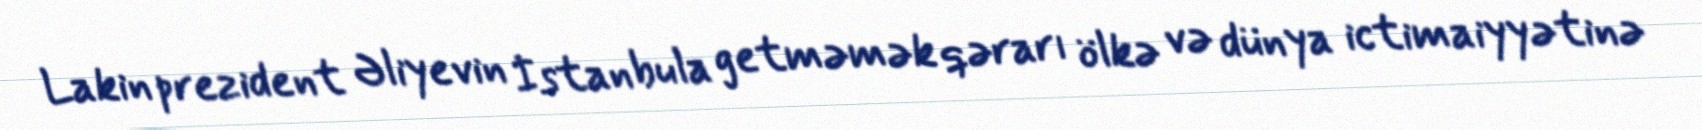
Lakin prezident Əliyevin İstanbula getməmək qərarı ölkə və dünya ictimaiyyətinə